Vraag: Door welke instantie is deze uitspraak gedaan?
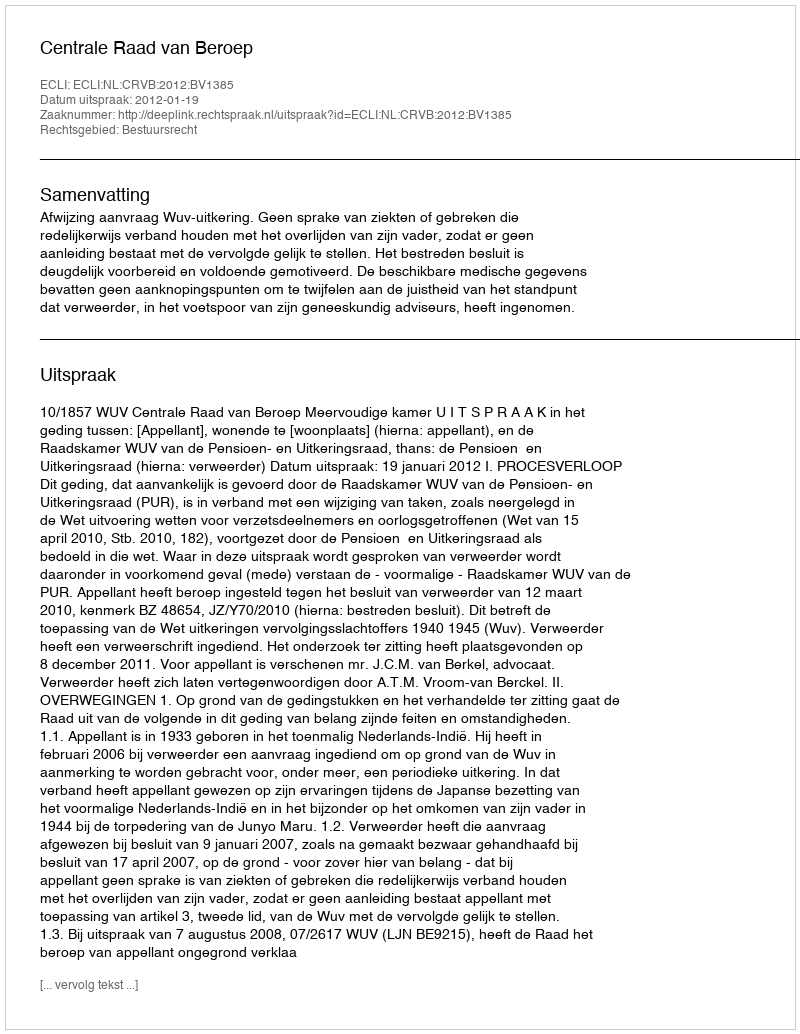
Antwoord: Centrale Raad van Beroep